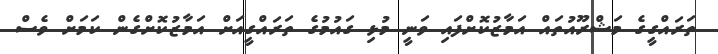
ތަރައްގީގެ މަޝްރޫއުތައް އަމާޒުކޮށްފައި ވަނީ މުޅި ގައުމުގެ ތަރައްގީއަށް އަމާޒުކޮށްގެން ކަމަށް ވެސް